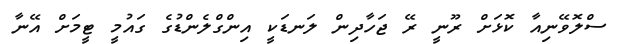
ސްލޮވޭނިއާ ކޮޅަށް ރޫނީ ރޭ ޖަހާދިން ލަނޑަކީ އިންގްލެންޑުގެ ގައުމީ ޓީމަށް އޭނާ